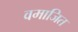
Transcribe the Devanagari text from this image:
वमाजित